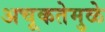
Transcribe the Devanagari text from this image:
अचूकतेमुळे